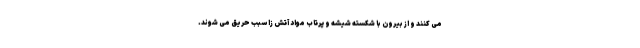
می کنند و از بیرون با شکسته شیشه و پرتاب مواد آتش زا سبب حریق می شوند.